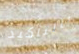
بالتأكيد